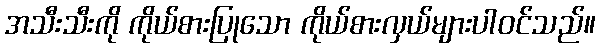
အသီးသီးကို ကိုယ်စားပြုသော ကိုယ်စားလှယ်များပါဝင်သည်။